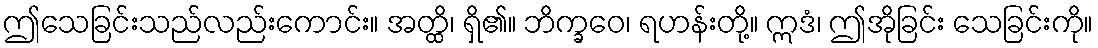
ဤသေခြင်းသည်လည်းကောင်း။ အတ္ထိ၊ ရှိ၏။ ဘိက္ခဝေ၊ ရဟန်းတို့။ ဣဒံ၊ ဤအိုခြင်း သေခြင်းကို။